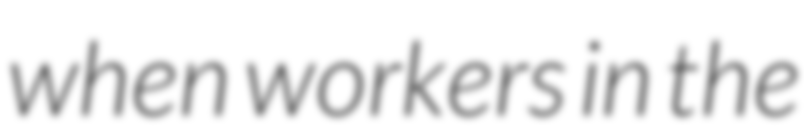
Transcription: when workers in the